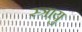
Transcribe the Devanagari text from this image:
स्त्रायु